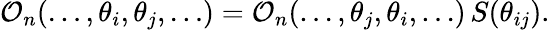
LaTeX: \mathcal{O}_{n}(\dots,\theta_{i},\theta_{j},\dots)=\mathcal{O}_{n}(\dots,\theta_{j},\theta_{i},\dots)\, S(\theta_{ij}).